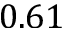
0 . 6 1